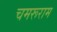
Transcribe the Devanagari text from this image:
चमरूराम